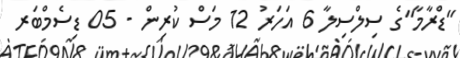
"ޑްރާމާ"ގެ ސިލްސިލާ 6 އަހަރު 12 މަސް ކުރިން - 05 ޑިސެމްބަރ